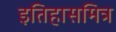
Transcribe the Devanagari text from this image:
इतिहासमित्र